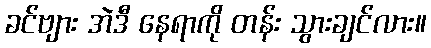
ခင်ဗျား အဲဒီ နေရာကို တန်း သွားချင်လား။